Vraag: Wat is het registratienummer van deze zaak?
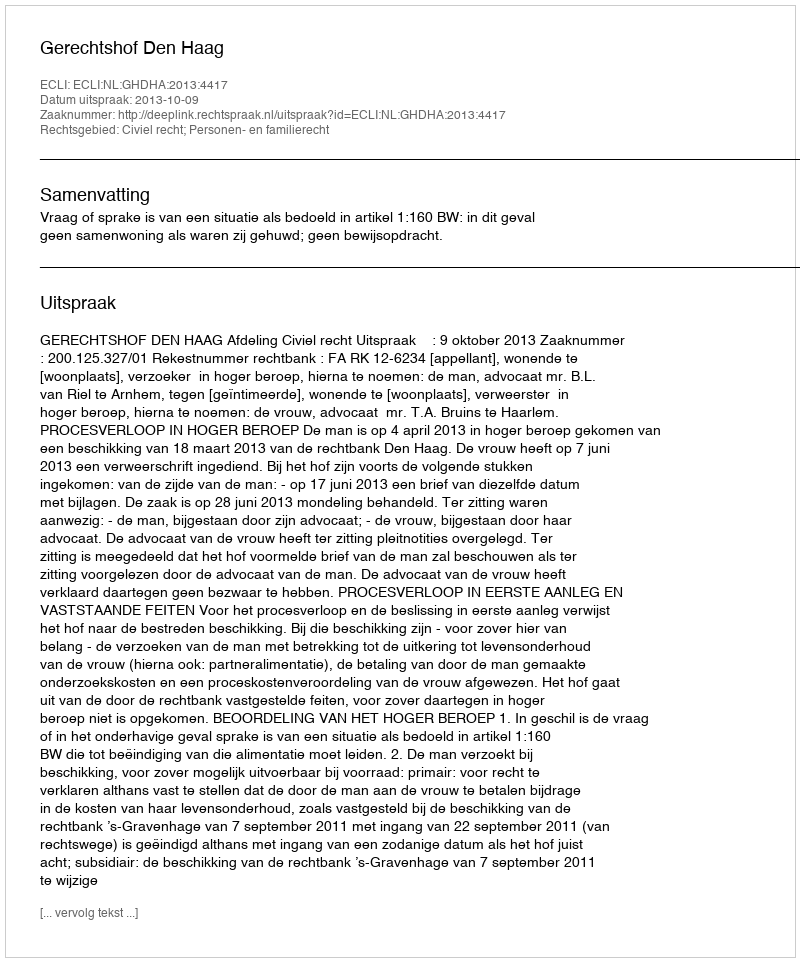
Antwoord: http://deeplink.rechtspraak.nl/uitspraak?id=ECLI:NL:GHDHA:2013:4417